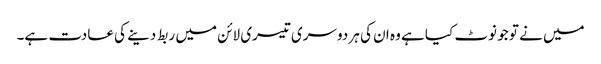
میں نے تو جو نوٹ کیا ہے وہ ان کی ہر دوسری تیسری لائن میں ربط دینے کی عادت ہے۔